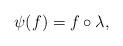
LaTeX: \begin{align*}\psi(f) = f\circ \lambda,\end{align*}